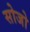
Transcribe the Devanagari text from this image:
सोजो